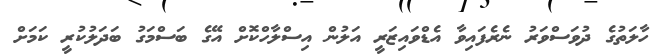
ހާލަތުގެ ދުވަސްވަރު ނެރެފައިވާ އެޑްވައިޒަރީ އަލުން އިސްލާހްކޮށް އޭގެ ބަސްމަގު ބަދަލުކުރީ ކަމަށް